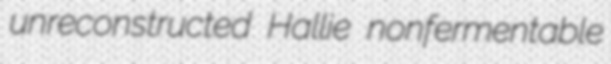
unreconstructed Hallie nonfermentable